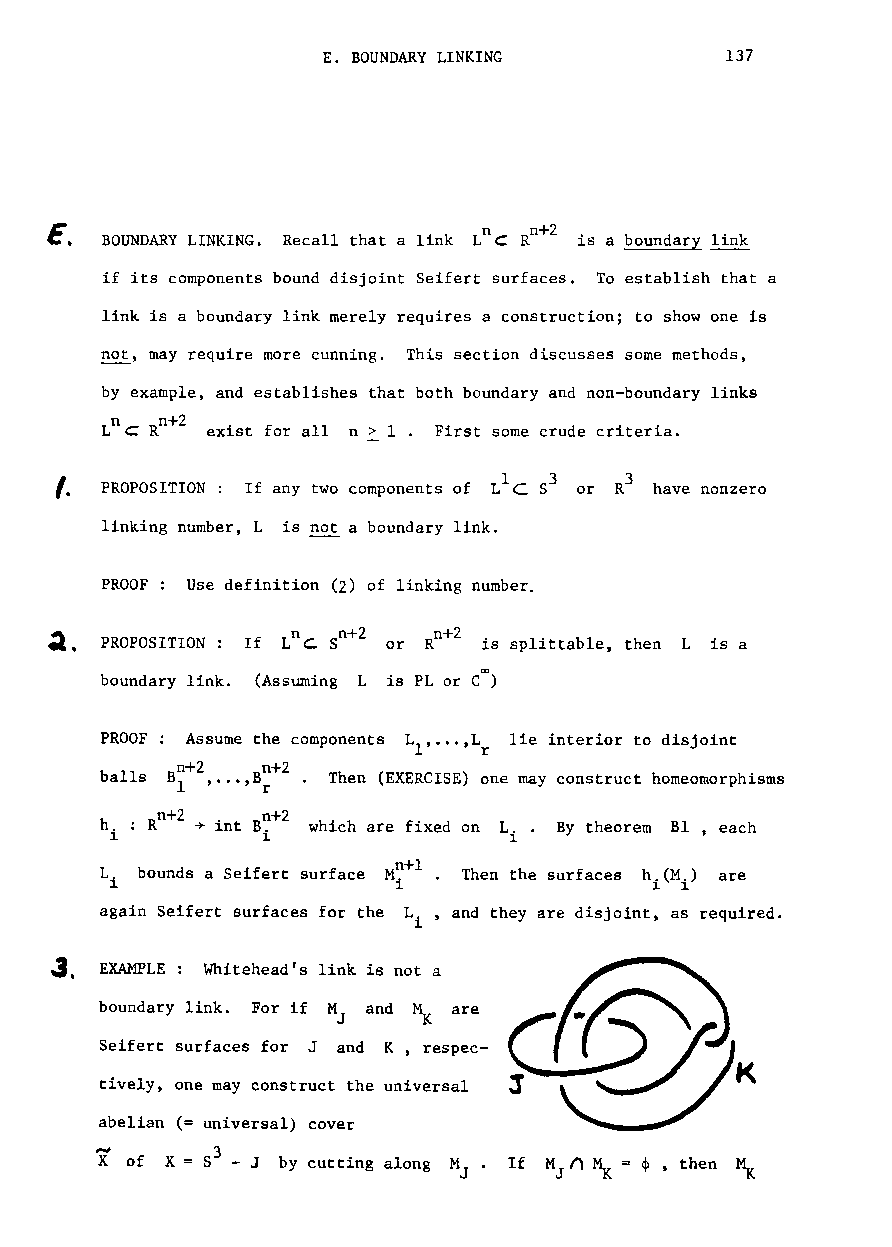
E. BOUNDARY LINKING        137
 E.
 BOUNDARY LINKING. Recall that a link LnC
 Rn +2
 is a boundary link
 if its components bound disjoint Seifert surfaces. To establish that a
 link is a boundary link merely requires a construction; to show one is
 not, may require more cunning. This section discusses some methods,
 by example, and establishes that both boundary and non-boundary links
 n 2
 LnC R + exist for all n > 1. First some crude criteria.
 ,.
 PROPOSITION : If any two components of or have nonzero
 linking number, L is not a boundary link.
 PROOF Use definition (2) of linking number.
 PROPOSITION : If Lnc: Sn+2 or is splittable, then L is a
 boundary link. (Assuming L is PL or Coo)
 PROOF Assume the components L1,...,L lie interior to disjoint
 r
 0+2  0+2
 balls B ,...,B · Then (EXERCISE) one may construct homeomorphisms
 l    r
 h. :
 Rn +2 ~
 int
 B~+2
 which are fixed on L.• By theorem Bl , each
 1         1                1
 L bounds a Seifert surface M~+l. Then the surfaces hi(M ) are
 i                                     i
 again Seifert surfaces for the L , and they are disjoint, as required.
 i
 ~  EXAMPLE: Whitehead's link is not a
 ~.
 boundary link. For if M and ~ are
 J
 Seifert surfaces for J and K, respec-
 K
 tively, one may construct the universal
 abelian (= universal) cover
 X of X =S3 - J by cutting along M J • If M J Il ~ <p , then ~